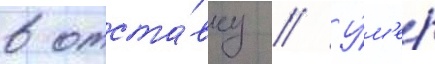
в отста́вку // У́м'ер